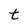
Character: t